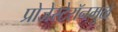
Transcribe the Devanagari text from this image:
प्रोजेस्टेरॉनमुळे